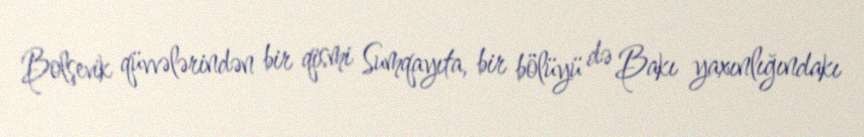
Bolşevik qüvvələrindən bir qismi Sumqayıta, bir bölüyü də Bakı yaxınlığındakı